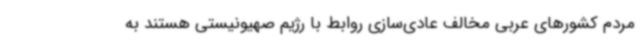
مردم کشورهای عربی مخالف عادی‌سازی روابط با رژیم صهیونیستی هستند به